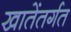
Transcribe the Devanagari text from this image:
खातेंतर्गत